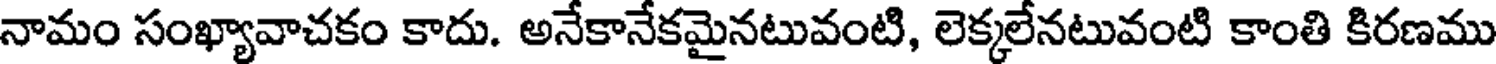
నామం సంఖ్యావాచకం కాదు. అనేకానేకమైనటువంటి, లెక్కలేనటువంటి కాంతి కిరణము